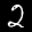
Digit: 2